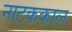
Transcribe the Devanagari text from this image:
नाटककाल